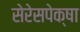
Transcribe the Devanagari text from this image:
सेरेसपेक्षा